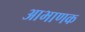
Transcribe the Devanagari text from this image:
आभाणक